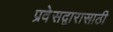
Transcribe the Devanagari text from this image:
प्रवेसद्वारासाठी